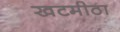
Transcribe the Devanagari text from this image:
खटमीठा